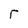
Character: r